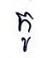
កូ